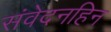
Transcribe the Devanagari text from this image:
संवेदनहिन